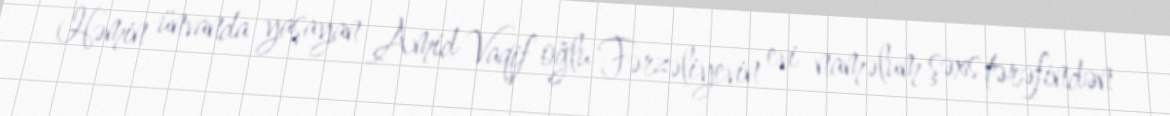
Həmin ünvanda yaşayan Amid Vaqif oğlu Fərzəliyevin evi naməlum şəxs tərəfindən